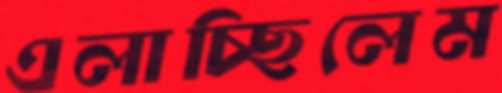
এলাচ্ছিলেম